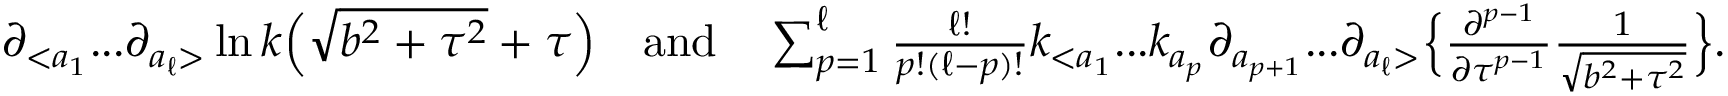
\begin{array} { r } { \partial _ { < a _ { 1 } } . . . \partial _ { a _ { \ell } > } \ln k \Big ( { \sqrt { b ^ { 2 } + \tau ^ { 2 } } + \tau } \Big ) ~ ~ ~ \mathrm { a n d } ~ ~ ~ \sum _ { p = 1 } ^ { \ell } \frac { \ell ! } { p ! ( \ell - p ) ! } k _ { < a _ { 1 } } . . . k _ { a _ { p } } \partial _ { a _ { p + 1 } } . . . \partial _ { a _ { \ell } > } \Big \{ \frac { \partial ^ { p - 1 } } { \partial \tau ^ { p - 1 } } \frac { 1 } { \sqrt { b ^ { 2 } + \tau ^ { 2 } } } \Big \} . } \end{array}